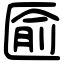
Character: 匬